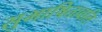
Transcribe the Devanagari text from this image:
सुभाषितावलि